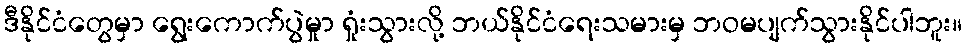
ဒီနိုင်ငံတွေမှာ ရွေးကောက်ပွဲမှုာ ရှုံးသွားလို့ ဘယ်နိုင်ငံရေးသမားမှ ဘဝမပျက်သွားနိုင်ပါဘူး။